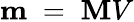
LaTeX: \mathbf{m}\; =\; \mathbf{M}V